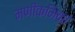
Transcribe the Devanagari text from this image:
मणीकमिका